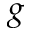
g